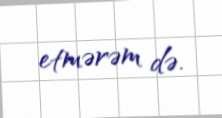
etmərəm də.